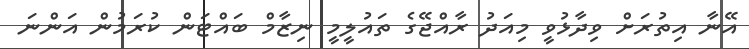
އޭނާ އިތުރަށް ވިދާޅުވީ މިއަދު ރާއްޖޭގެ ތައުލީމީ ނިޒާމް ބައްޓަން ކުރަމުން އަންނަ